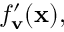
f _ { \mathbf { v } } ^ { \prime } ( \mathbf { x } ) ,